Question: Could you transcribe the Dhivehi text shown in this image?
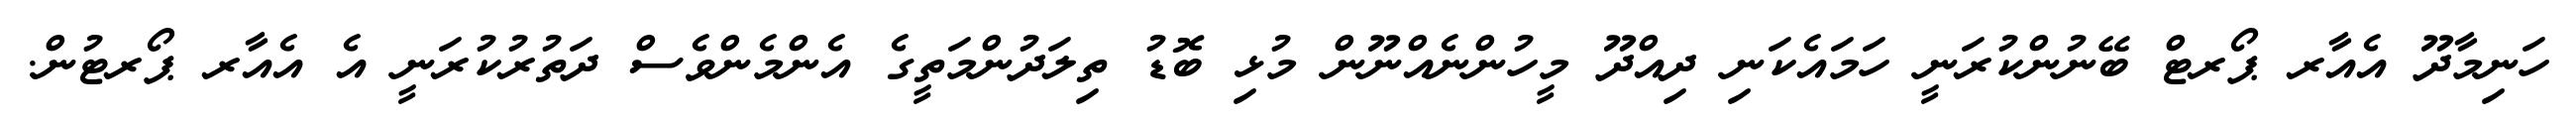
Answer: ހަނިމާދޫ އެއާރ ޕޯރޓް ބޭނުންކުރަނީ ހަމައެކަނި ދިއްދޫ މީހުންނެއްނޫން މުޅި ބޮޑު ތިލަދުންމަތީގެ އެންމެންވެސް ދަތުރުކުރަނީ އެ އެއާރ ޕޯރޓުން.